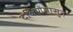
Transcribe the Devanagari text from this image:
दक्षिणेपासुन